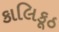
કાલિકૂઠ